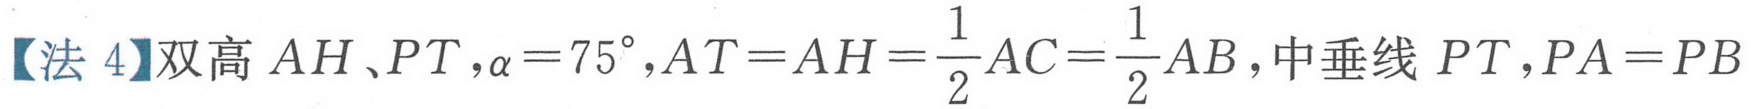
【法 4】双高 \(AH、PT，\alpha = 75^{\circ}，AT = AH=\frac{1}{2}AC=\frac{1}{2}AB\)，中垂线 \(PT，PA = PB\)